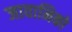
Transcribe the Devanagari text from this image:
जावानिको